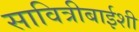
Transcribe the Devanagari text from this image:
सावित्रीबाईशी